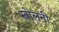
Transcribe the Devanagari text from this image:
खोलनी